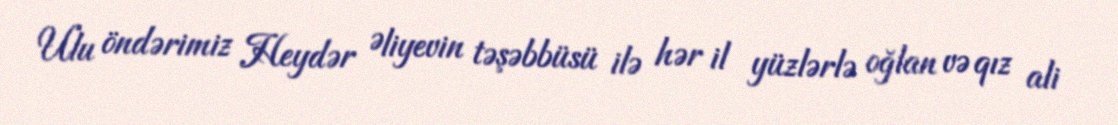
Ulu öndərimiz Heydər Əliyevin təşəbbüsü ilə hər il yüzlərlə oğlan və qız ali